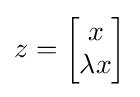
z={\begin{bmatrix}x\\\lambda x\end{bmatrix}}